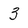
Character: 3